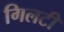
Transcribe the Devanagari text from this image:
गिलटी